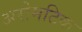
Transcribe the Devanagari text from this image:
अरोमटिक